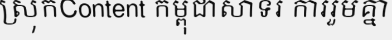
ស្រុកContent កម្ពុជាសាទរ ការរួមគ្នា